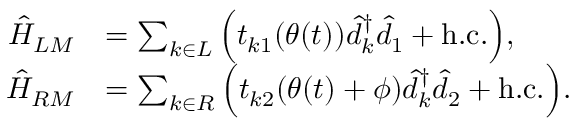
\begin{array} { r l } { \hat { H } _ { L M } } & { = \sum _ { k \in L } \Big ( t _ { k 1 } ( \theta ( t ) ) \hat { d } _ { k } ^ { \dagger } \hat { d } _ { 1 } + \mathrm { h . c . } \Big ) , } \\ { \hat { H } _ { R M } } & { = \sum _ { k \in R } \Big ( t _ { k 2 } ( \theta ( t ) + \phi ) \hat { d } _ { k } ^ { \dagger } \hat { d } _ { 2 } + \mathrm { h . c . } \Big ) . } \end{array}